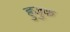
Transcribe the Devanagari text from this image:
हुजुक